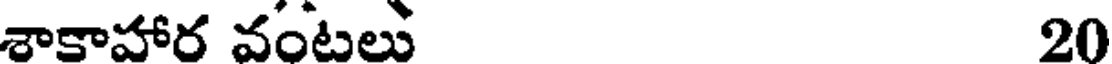
శాకాహార వంటలు 20